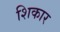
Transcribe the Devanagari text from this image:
शिकार